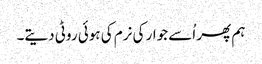
ہم پھر اُسے جوار کی نرم کی ہوئی روٹی دیتے۔